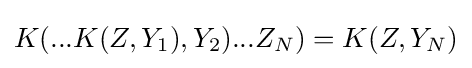
K(...K(Z,Y_{1}),Y_{2})...Z_{N})=K(Z,Y_{N})